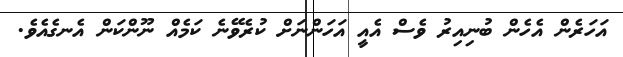
އަހަރެން އެހެން ބުނިއިރު ވެސް އެއީ އަހަންނަށް ކުރެވޭނެ ކަމެއް ނޫންކަން އެނގެއެވެ.